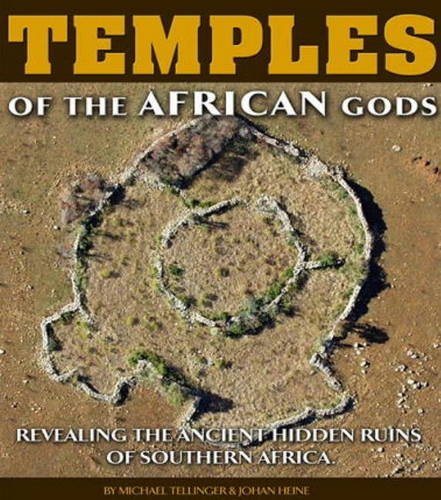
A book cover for Temples of the African Gods; Michael Tellinger; History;